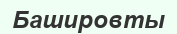
Башировты